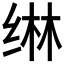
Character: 𬘭